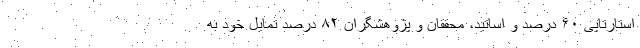
استارتاپی ۶۰ درصد و اساتید، محققان و پژوهشگران ۸۲ درصد تمایل خود به